Indian journal of veterinary science and animal husbandry - Volume 4,
Year: 1934
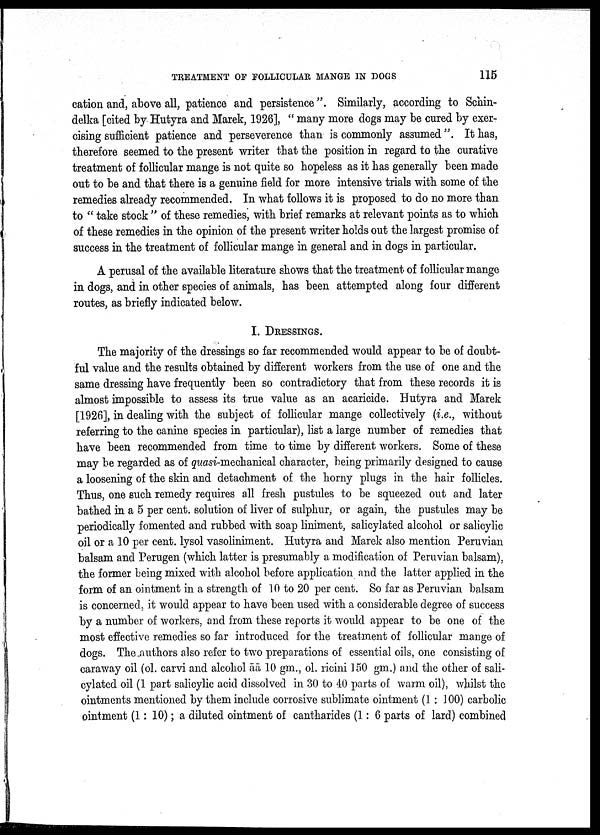
TREATMENT OF FOLLICULAR MANGE IN DOGS
115
cation and, above all, patience and persistence". Similarly, according to Schin¬
delka [cited by Hutyra and Marek, 1926], " many more dogs may be cured by exer
cising sufficient patience and perseverence than is commonly assumed". It has,
therefore seemed to the present writer that the position in regard to the curative
treatment of follicular mange is not quite so hopeless as it has generally been made
out to be and that there is a genuine field for more intensive trials with some of the
remedies already recommended, In what follows it is proposed to do no more than
to " take stock " of these remedies, with brief remarks at relevant points as to which
of these remedies in the opinion of the present writer holds out the largest promise of
success in the treatment of follicular mange in general and in dogs in particular.
A perusal of the available literature shows that the treatment of follicular mange
in dogs, and in other species of animals, has been attempted along four different
routes, as briefly indicated below.
I. DRESSINGS.
The majority of the dressings so far recommended would appear to be of doubt
ful value and the results obtained by different workers from the use of one and the
same dressing have frequently been so contradictory that from these records it is
almost impossible to assess its true value as an acaricide. Hutyra and Marek
[1926], in dealing with the subject of follicular mange collectively (i.e., without
referring to the canine species in particular), list a large number of remedies that
have been recommended from time to time by different workers. Some of these
may be regarded as of quasi-mechanical character, being primarily designed to cause
a loosening of the skin and detachment of the horny plugs in the hair follicles.
Thus, one such remedy requires all fresh pustules to be squeezed out and later
bathed in a 5 per cent. solution of liver of sulphur, or again, the pustules may be
periodically fomented and rubbed with soap liniment, salicylated alcohol or salicylic
oil or a 10 per cent. lysol vasoliniment. Hutyra and Marek also mention Peruvian
balsam and Perugen (which latter is presumably a modification of Peruvian balsam),
the former being mixed with alcohol before application and the latter applied in the
form of an ointment in a strength of 10 to 20 per cent. So far as Peruvian balsam
is concerned, it would appear to have been used with a considerable degree of success
by a number of workers, and from these reports it would appear to be one of the
most effective remedies so far introduced for the treatment of follicular mange of
dogs. The authors also refer to two preparations of essential oils, one consisting of
caraway oil (ol. carvi and alcohol āā 10 gm., ol. ricini 150 gm.) and the other of sali
cylated oil (1 part salicylic acid dissolved in 30 to 40 parts of warm oil), whilst the
ointments mentioned by them include corrosive sublimate ointment (1 : 100) carbolic
ointment (1: 10); a diluted ointment of cantharides (1:6 parts of lard) combined